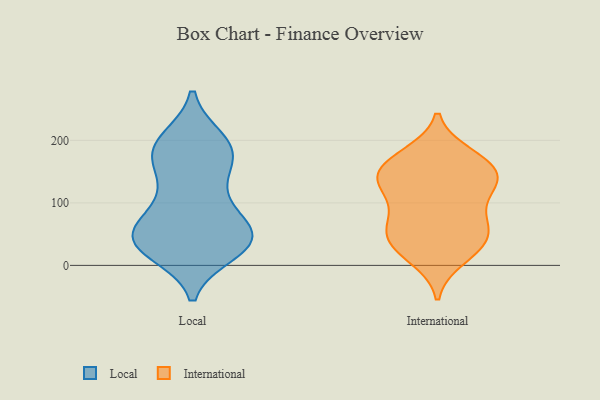
{"axis": {"x": "Customer Acquisition Cost (USD)", "y": "Value"}, "legend": ["International", "Local"], "data": [{"x": "", "y": 172, "type": "Local"}, {"x": "", "y": 31, "type": "Local"}, {"x": "", "y": 47, "type": "Local"}, {"x": "", "y": 47, "type": "Local"}, {"x": "", "y": 187, "type": "Local"}, {"x": "", "y": 41, "type": "Local"}, {"x": "", "y": 59, "type": "Local"}, {"x": "", "y": 31, "type": "Local"}, {"x": "", "y": 121, "type": "Local"}, {"x": "", "y": 94, "type": "Local"}, {"x": "", "y": 33, "type": "Local"}, {"x": "", "y": 99, "type": "Local"}, {"x": "", "y": 52, "type": "Local"}, {"x": "", "y": 172, "type": "Local"}, {"x": "", "y": 195, "type": "Local"}, {"x": "", "y": 191, "type": "Local"}, {"x": "", "y": 200, "type": "Local"}, {"x": "", "y": 158, "type": "Local"}, {"x": "", "y": 22, "type": "Local"}, {"x": "", "y": 44, "type": "Local"}, {"x": "", "y": 37, "type": "International"}, {"x": "", "y": 72, "type": "International"}, {"x": "", "y": 170, "type": "International"}, {"x": "", "y": 161, "type": "International"}, {"x": "", "y": 58, "type": "International"}, {"x": "", "y": 10, "type": "International"}, {"x": "", "y": 99, "type": "International"}, {"x": "", "y": 132, "type": "International"}, {"x": "", "y": 41, "type": "International"}, {"x": "", "y": 138, "type": "International"}, {"x": "", "y": 130, "type": "International"}, {"x": "", "y": 143, "type": "International"}, {"x": "", "y": 172, "type": "International"}, {"x": "", "y": 17, "type": "International"}, {"x": "", "y": 79, "type": "International"}, {"x": "", "y": 38, "type": "International"}, {"x": "", "y": 178, "type": "International"}, {"x": "", "y": 127, "type": "International"}, {"x": "", "y": 138, "type": "International"}, {"x": "", "y": 58, "type": "International"}]}